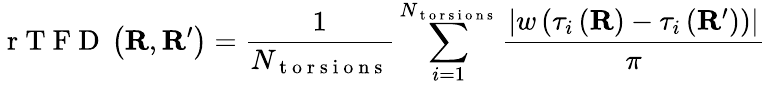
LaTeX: \mathrm{~r~T~F~D~}\left(\mathbf{R},\mathbf{R}^{\prime}\right)=\frac{1}{N_{\mathrm{~t~o~r~s~i~o~n~s~}}}\sum_{i=1}^{N_{\mathrm{~t~o~r~s~i~o~n~s~}}}\frac{\lvert w\left(\tau_{i}\left(\mathbf{R}\right)-\tau_{i}\left(\mathbf{R}^{\prime}\right)\right)\rvert}{\pi}